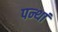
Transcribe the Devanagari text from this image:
पन्थां